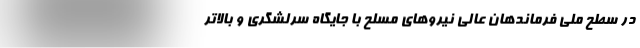
در سطح ملی فرماندهان عالی نیروهای مسلح با جایگاه سرلشگری و بالاتر